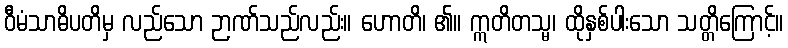
ဝီမံသာဓိပတိမှ လည်သော ဉာဏ်သည်လည်း။ ဟောတိ၊ ၏။ ဣတိတသ္မ၊ ထိုနှစ်ပါးသော သတ္တိကြောင့်။